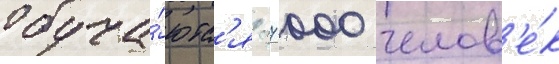
обуча́ютс'я 27 000 челов'е́к